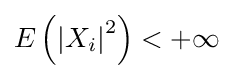
\textstyle E\left(\left\vert X_{i}\right\vert ^{2}\right)<+\infty